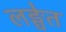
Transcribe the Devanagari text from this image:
लङ्घेत